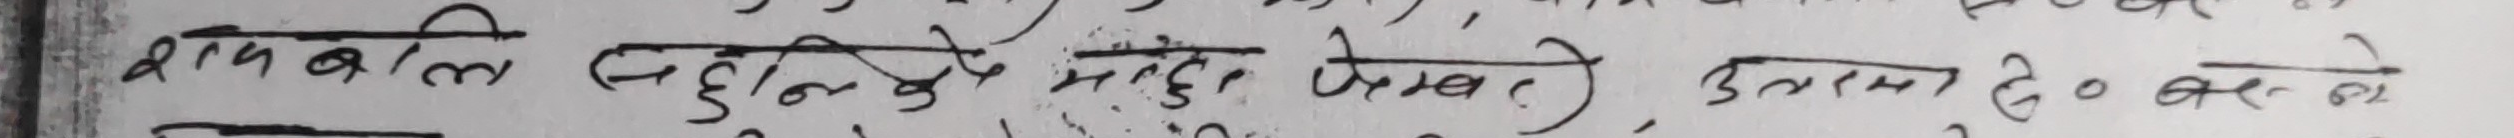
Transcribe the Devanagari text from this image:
रामबलि सहिलले महुडा लेखे। उत्तम दे० बदले